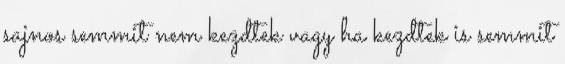
sajnos semmit nem kezdtek vagy ha kezdtek is semmit